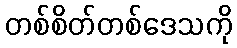
တစ်စိတ်တစ်ဒေသကို